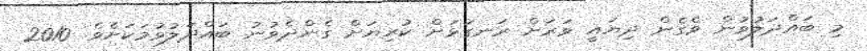
މި ބައްދަލުވުން ވެގެން ދިޔައީ ވަރަށް ރަނގަޅަށް ކުރިޔަށް ގެންދެވުނު ބައްދަލުވުމަކަށެވެ. 2010